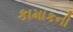
કામાકની